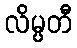
လိမ္ပတီ